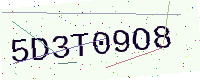
Text: 5D3T09O8